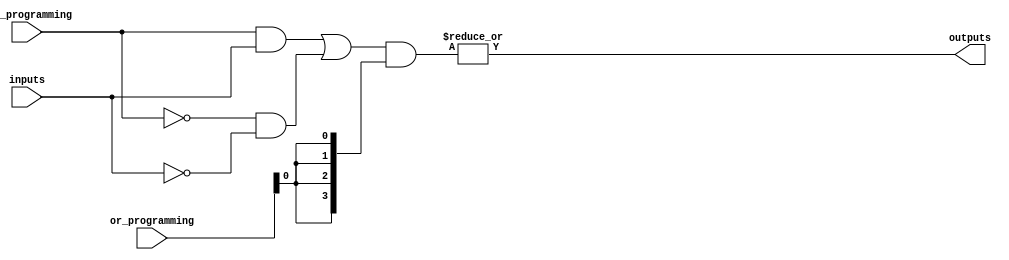
module programmable_PLA #(
    parameter NUM_INPUTS = 4,      // Number of inputs
    parameter NUM_AND_GATES = 4,    // Number of AND gates
    parameter NUM_OR_GATES = 1       // Number of OR gates
)(
    input wire [NUM_INPUTS-1:0] inputs,             // Input signals
    input wire [NUM_INPUTS-1:0] and_programming,     // AND gate programming inputs (1 for input, 0 for complement)
    input wire [NUM_AND_GATES-1:0] or_programming,    // OR gate programming inputs (1 to include, 0 to exclude)
    output wire [NUM_OR_GATES-1:0] outputs            // Output signals
);

    // Intermediate product terms from AND gates
    wire [NUM_AND_GATES-1:0] product_terms;

    // Generate AND gates
    genvar i;
    generate
        for (i = 0; i < NUM_AND_GATES; i = i + 1) begin : and_gates
            wire [NUM_INPUTS-1:0] and_inputs;
            assign and_inputs = (and_programming & inputs) | (~and_programming & ~inputs);
            assign product_terms[i] = &and_inputs[i]; // AND operation for the i-th product term
        end
    endgenerate

    // Generate OR gate
    generate
        for (i = 0; i < NUM_OR_GATES; i = i + 1) begin : or_gates
            assign outputs[i] = |(product_terms & {NUM_AND_GATES{or_programming[i]}});
        end
    endgenerate

endmodule